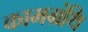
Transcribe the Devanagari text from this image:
कामग्रंथि